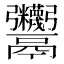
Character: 𩱷